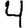
Digit: 4